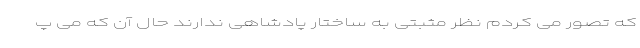
که تصور می کردم نظر مثبتی به ساختار پادشاهی ندارند حال آن که می پ